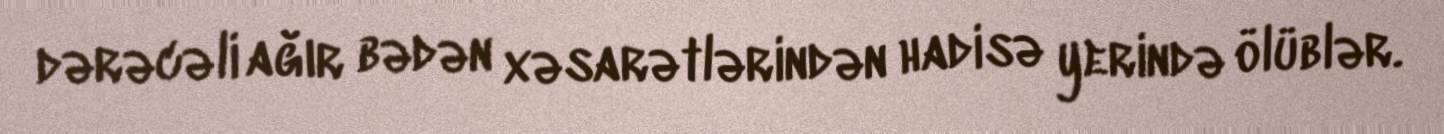
dərəcəli ağır bədən xəsarətlərindən hadisə yerində ölüblər.